Lunatic asylums Madras 1892-1911 - 1892-1911
Year: 1892
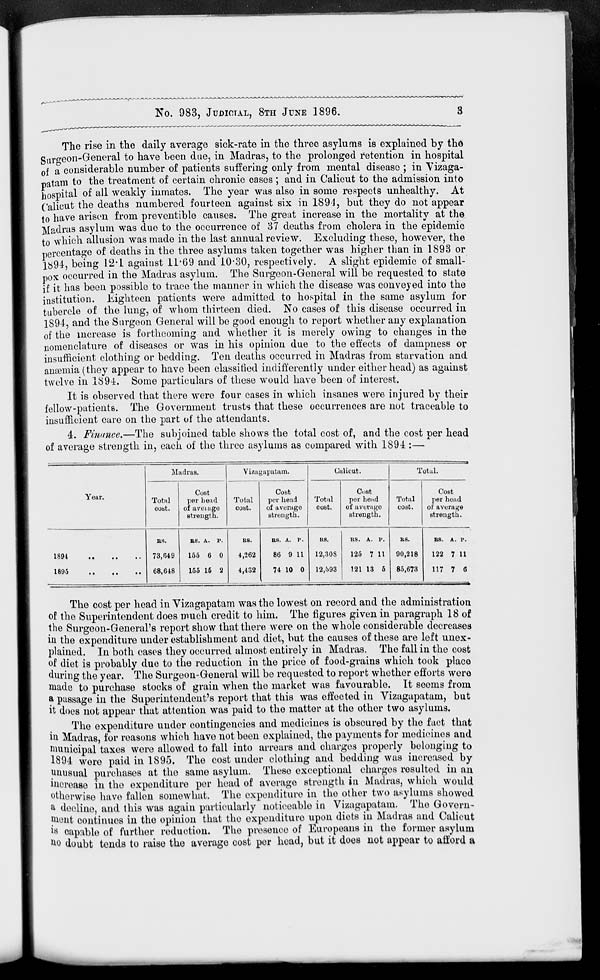
No. 983, JUDICIAL, 8TH JUNE 1896.
The rise in the daily average sick-rate in the three asylums is explained by the
Surgeon-General to have been due, in Madras, to the prolonged retention in hospital
of a considerable number of patients suffering only from mental disease ; in Vizaga-
patam to the treatment of certain chronic cases ; and in Calicut to the admission into
hospital of all weakly inmates. The year was also in some respects unhealthy. At
Calicut the deaths numbered fourteen against six in 189J, but they do not appear
to have arisen from preventible causes. The great increase in the mortality at the
Madras asylum was due to the occurrence of 37 deaths from cholera in the epidemic
to which allusion was made in the last annual review. Excluding these, however, the
percentage of deaths in the three asylums taken together was higher than in 1893 or
1&94, being 12" 1 against 11'69 and 10*30, respectively. A slight epidemic of small-
pox occurred in the Madras asylum. The Surgeon-General will be requested to state
if it has been possible to trace the manner in which the disease was conveyed into the
institution. Eighteen patients were admitted to hospital in the same asylum for
tubercle of the lung, of whom thirteen died. No cases of this disease occurred in
1894, and the Surgeon General will be good enough to report whether any explanation
of the increase is forthcoming and whether it is merely owing to changes in the
nomenclature of diseases or was in his opinion due to the effects of dampness or
insufficient clothing or bedding. Ten deaths occurred in Madras from starvation and
anaemia (they appear to have been classified indifferently under either head) as against
twelve in 1894. Some particulars of these would have been of interest.
It is observed that there were four cases in which insanes were injured by their
fellow-patients. The Government trusts that these occurrences are not traceable to
insufficient care on the part of the attendants.
4. Finance.—The subjoined table shows the total cost of, and the cost per head
of average strength in, each of the three asylums as compared with 1894 :—
Madras.
Vizagapatam.
Calicut.
__
_»
Total.
Year.
Total
cost.
Cost
per head
of aveiage
strength.
Total
cost.
Cost
per head
of average
strength.
Total
cost.
Cost
per head
of average
strength.
Total
cost.
Cost
per head
of average
strength.
1894
1895
fi8.
73,649
68,648
BS. A. r.
155 6 0
155 15 2
us.
4,262
4,432
as. A. r.
86 9 11
74 10 0
RS.
12,308
12,o93
as. A. i'.
125 7 11
121 13 6
as.
90,218
85,673
as. A. v.
122 7 11
117 7 6
The cost per head in Vizagapatam was the lowest on record and the administration
of the Superintendent does much credit to him. The figures given in paragraph 18 of
the Surgeon-General's report show that there were on the whole considerable decreases
hi the expenditure under establishment and diet, but the causes of these are left unex-
plained. In both cases they occurred almost entirely in Madras. The fall in the cost
of diet is probably due to the reduction in the price of food-grains which took place
during the year. The Surgeon-General will be requested to report whether efforts were
made to purchase stocks of grain when the market was favourable. It seems from
a passage in the Superintendent's report that this was effected in Vizagapatam, but
it does not appear that attention was paid to the matter at the other two asylums.
The expenditure under contingencies and medicines is obscured by the fact that
in Madras, for reasons which have not been explained, the payments for medicines and
municipal taxes were allowed to fall into arrears and charges properly belonging to
1894 woro paid in 1895. The cost under clothing and bedding was increased by
unusual purchases at the same asylum. These exceptional charges resulted in an
increase in the expenditure per head of average strength in Madras, which would
otherwise have fallen somewhat. The expenditure in the other two asylums showed
a decline, and this was again particularly noticeable in Vizagapatam. The Govern-
ment continues in the opinion that the expenditure upon diets in Madras and Calicut
is oapable of further reduction. The presence of Europeans in the former asylum
u o doubt tends to raise the average cost per head, but it does not appear to afford a